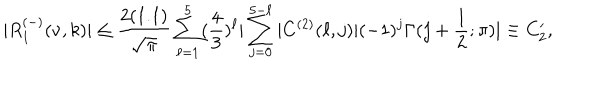
LaTeX: | R _ { 1 } ^ { ( - ) } ( \nu , k ) | \leq \frac { 2 ( 1 . 1 ) } { \sqrt { \pi } } \sum _ { \ell = 1 } ^ { 5 } ( \frac { 4 } { 3 } ) ^ { \ell } | \sum _ { j = 0 } ^ { 5 - \ell } | C ^ { ( 2 ) } ( \ell , j ) | ( - 1 ) ^ { j } \Gamma ( j + \frac { 1 } { 2 } ; \pi ) | \equiv C _ { 2 } ^ { \prime } ,